Vaccination United Provinces of Agra and Oudh 1914-1922 - 1914-1922
Year: 1914
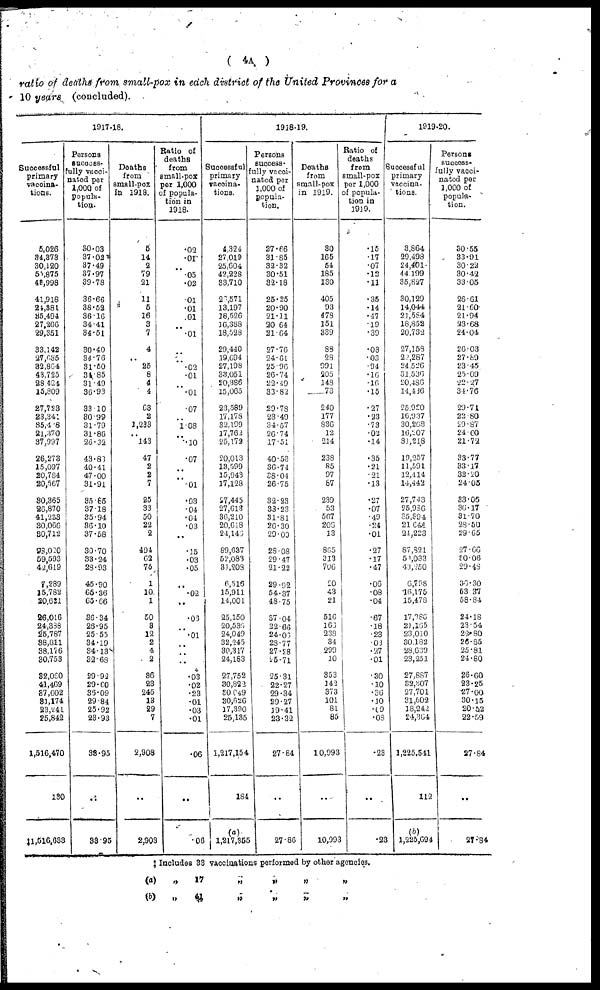
( 4A )
ratio of deaths from small-pox in each district of the United Provinces for a
10 years (concluded).
1917-18.
Successful
primary
vaccina¬
tions.
5,026
34,373
30,120
55,875
48,998
41,918
24,381
35,494
27,266
29,351
33,142
27,635
32,864
43,725
28,424
15,809
27,723
23,341.
35.418
21,370
37,997
26,273
15,097
20,784
20,567
30,365
26,870
41,223
30,066
30,712
98,020
59,593
42,619
7,289
15,782
20,621
26,016
24,388
25,787
38,811
38,176
30,753
32,060
41,469
37,602
31,174
23,241
25,842
1,516,470
130
‡ 1,516,633
Persons
success¬
fully vacci¬
nated per
1,000 of
popula-
tion.
30.03
37.02
37.49
87.97
39.78
36.66
38.52
36.16
34.41
34.51
30.40
34.76
31.50
34.85
31.49
36.93
33.10
30.99
31.79
31.86
26..32
43.83
40.41
47.00
31.91
35.85
37.18
35.94
36.10
37.58
30.70
33.24
28.93
45.90
65.36
65.66
36.34
26.95
25.55
34.19
34.13
32.68
29.92
29.60
36.09
29.84
25.92
23.93
33.95
..
33.95
Deaths
from
small-pox
in 1918.
5
14
2
79
21
11
65
16
3
7
4
..
25
8
4
4
63
2
1,233
..
143
47
2
2
7
25
33
50
22
2
494
62
75
1
10
1
50
3
12
2
4
2
36
23
245
13
29
7
2,908
..
2,908
Ratio of
deaths
from
small-pox
per 1,000
of popula-
tion in
1918.
.02
.01
..
.05
.02
.01
.01
.01
..
.01
..
..
.02
.01
..
.01
.07
..
1.08
..
.10
.07
..
..
.01
.03
04
.04
.03
..
.15
.03
.05
..
.02
..
.06
..
.01
..
..
..
.03
.02
.23
.01
.03
.01
.06
. .
.06
1918-19.
Successful
primary
vaccina¬
tions.
4,324
27,019
25,604
42,228
33,710
26,571
13,197
18,526
16,388
18,528
29,440
19,694
27,198
33,051
20,386
10,065
23, 589
17,178
32.199
17,762
25,172
20,013
13,599
15,943
17,128
27,445
27,613
36,210
20.618
24,146
89,637
52,083
31,208
6,516
15,911
14,001
25,150
20,536
24,049
32,245
30,317
24,183
27,752
30,822
30,049
30,626
17,390
25,185
1,217,154
184
(a)
1,217,355
Persons
success-
fully vacci¬
nated per
1,000 of
popula-
tion.
27.66
31.85
32.32
30.51
32.18
25.25
20.90
21.11
20.64
21.64
27.76
24.61
25.96
26.74
22.49
33.82
29.78
23.49
34.57
26.74
17.51
40.53
36.74
38.01
26.75
32.23
33.23
31.81
26.30
29.00
28.08
29.47
21.22
29.92
54.37
48.75
87.04
22.66
24.06
28.77
27.28
25.7l
25.31
22.27
29.34
29.27
19.41
23.32
27.84
..
27.86
Deaths
from
small-pox
in 1919.
30
165
54
185
130
405
93
478
151
339
88
28
991
205
148
73
240
177
836
12
214
238
85
97
87
239
53
567
206
13
865
313
706
20
43 21
516
166
238
34
299
10
353
142
373
101
81
85
10,993
..
10,993
Ratio of
deaths
from
small-pox
per 1,000
of popula-
tion in
1919.
.15
.17
.07
. 12
.11
.35
.14
.17
.19
.39
.08
.03
.94
.16
.16
.15
.27
.23
.73
.02
.14
.35
.21
.21
.13
.27
.07
.49
.24
.01
.27
.17
.47
.06
.08
.04
.67
.18
.23
.03
.27
.01
.30
.10
.36
.10
.09
.08
.23
..
.23
1919-20.
Successful
primary
vaccina-
tions.
3,864
29,498
24,401
44,199
35,827
30,129
14,044
21,584
18,852
20.732
27,158
22,287
24,526
31.536
20,486
14,436
25,920
16,937
30,268
16,207
31,218
19,257
11,591
12,414
14,443
27.743
25,986
35,894
21,641
24,223
87,821
58,033
43, 250
6,798
16,175
15,478
17,386
21,165
23,010
30,182
28,633
23,251
27,887
32,307
27,701
31,502
18,242
24,304
1,225,541
112
(b)
1,225,694
Persons
success¬
fully vacci¬
nated per
1,000 of
popula-
tion.
30.55
33.91
30.22
30.42
33.05
26.61
21.60
21.94
23.68
24.04
26.03
27.89
23.45
25.09
22.27
34.76
29.71
22.80
29.87
24.00
21.72
33.77
33.17
33.20
24.05
33.06
36.17
31.70
28.50
29.65
27.66
30.06
29.48
36.30
53.37
58.84
24.18
23.54
22.80
26.85
25.81
24.80
26.60
23.25
27.00
30.15
20.52
22.59
27.84
..
27.84
‡ Includes 33 vaccinations performed by other agencies.
(a)
(b)
„
„
17
4½
„
„
„
„
„
„
„
„